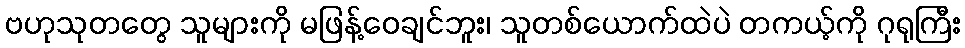
ဗဟုသုတတွေ သူများကို မဖြန့်ဝေချင်ဘူး၊ သူတစ်ယောက်ထဲပဲ တကယ့်ကို ဂုရုကြီး